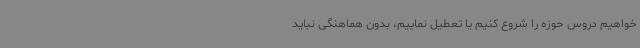
خواهیم دروس حوزه را شروع کنیم یا تعطیل نماییم، بدون هماهنگی نباید